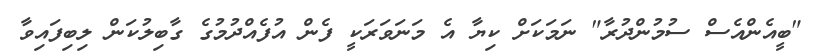
"ބީއެންއެސް ސުމުންދުރާ" ނަމަކަށް ކިޔާ އެ މަނަވަރަކީ ފެން އުފެއްދުމުގެ ގާބިލުކަން ލިބިފައިވާ